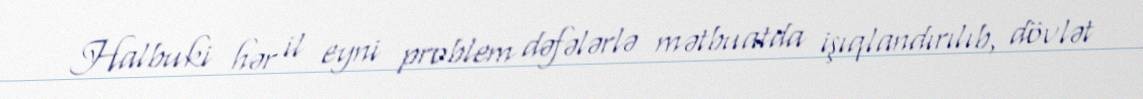
Halbuki hər il eyni problem dəfələrlə mətbuatda işıqlandırılıb, dövlət